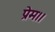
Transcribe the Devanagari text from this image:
प्रेम।।